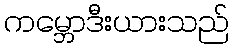
ကမ္ဘောဒီးယားသည်